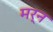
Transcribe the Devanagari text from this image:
मर्न